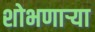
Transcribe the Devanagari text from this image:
शोभणाऱ्या